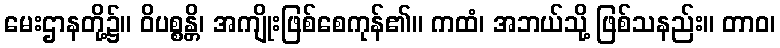
မေးဌာနတို့၌။ ဝိပစ္စန္တိ၊ အကျိုးဖြစ်စေကုန်၏။ ကထံ၊ အဘယ်သို့ ဖြစ်သနည်း။ တာဝ၊